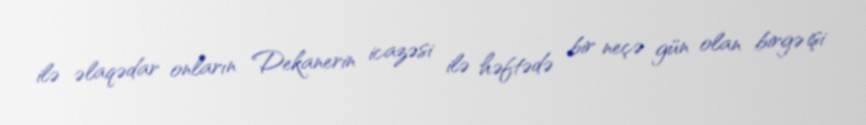
ilə əlaqədar onların Dekanerin icazəsi ilə həftədə bir neçə gün olan birgə işi